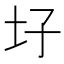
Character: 𡉗